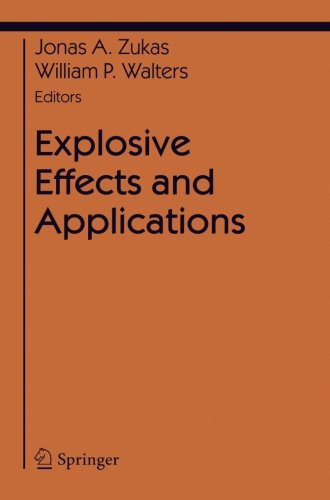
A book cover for Explosive Effects and Applications (Shock Wave and High Pressure Phenomena); Science & Math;